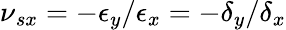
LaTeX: \nu{_{sx}}=-\epsilon{_y}/\epsilon{_x}=-\delta{_y}/\delta{_x}